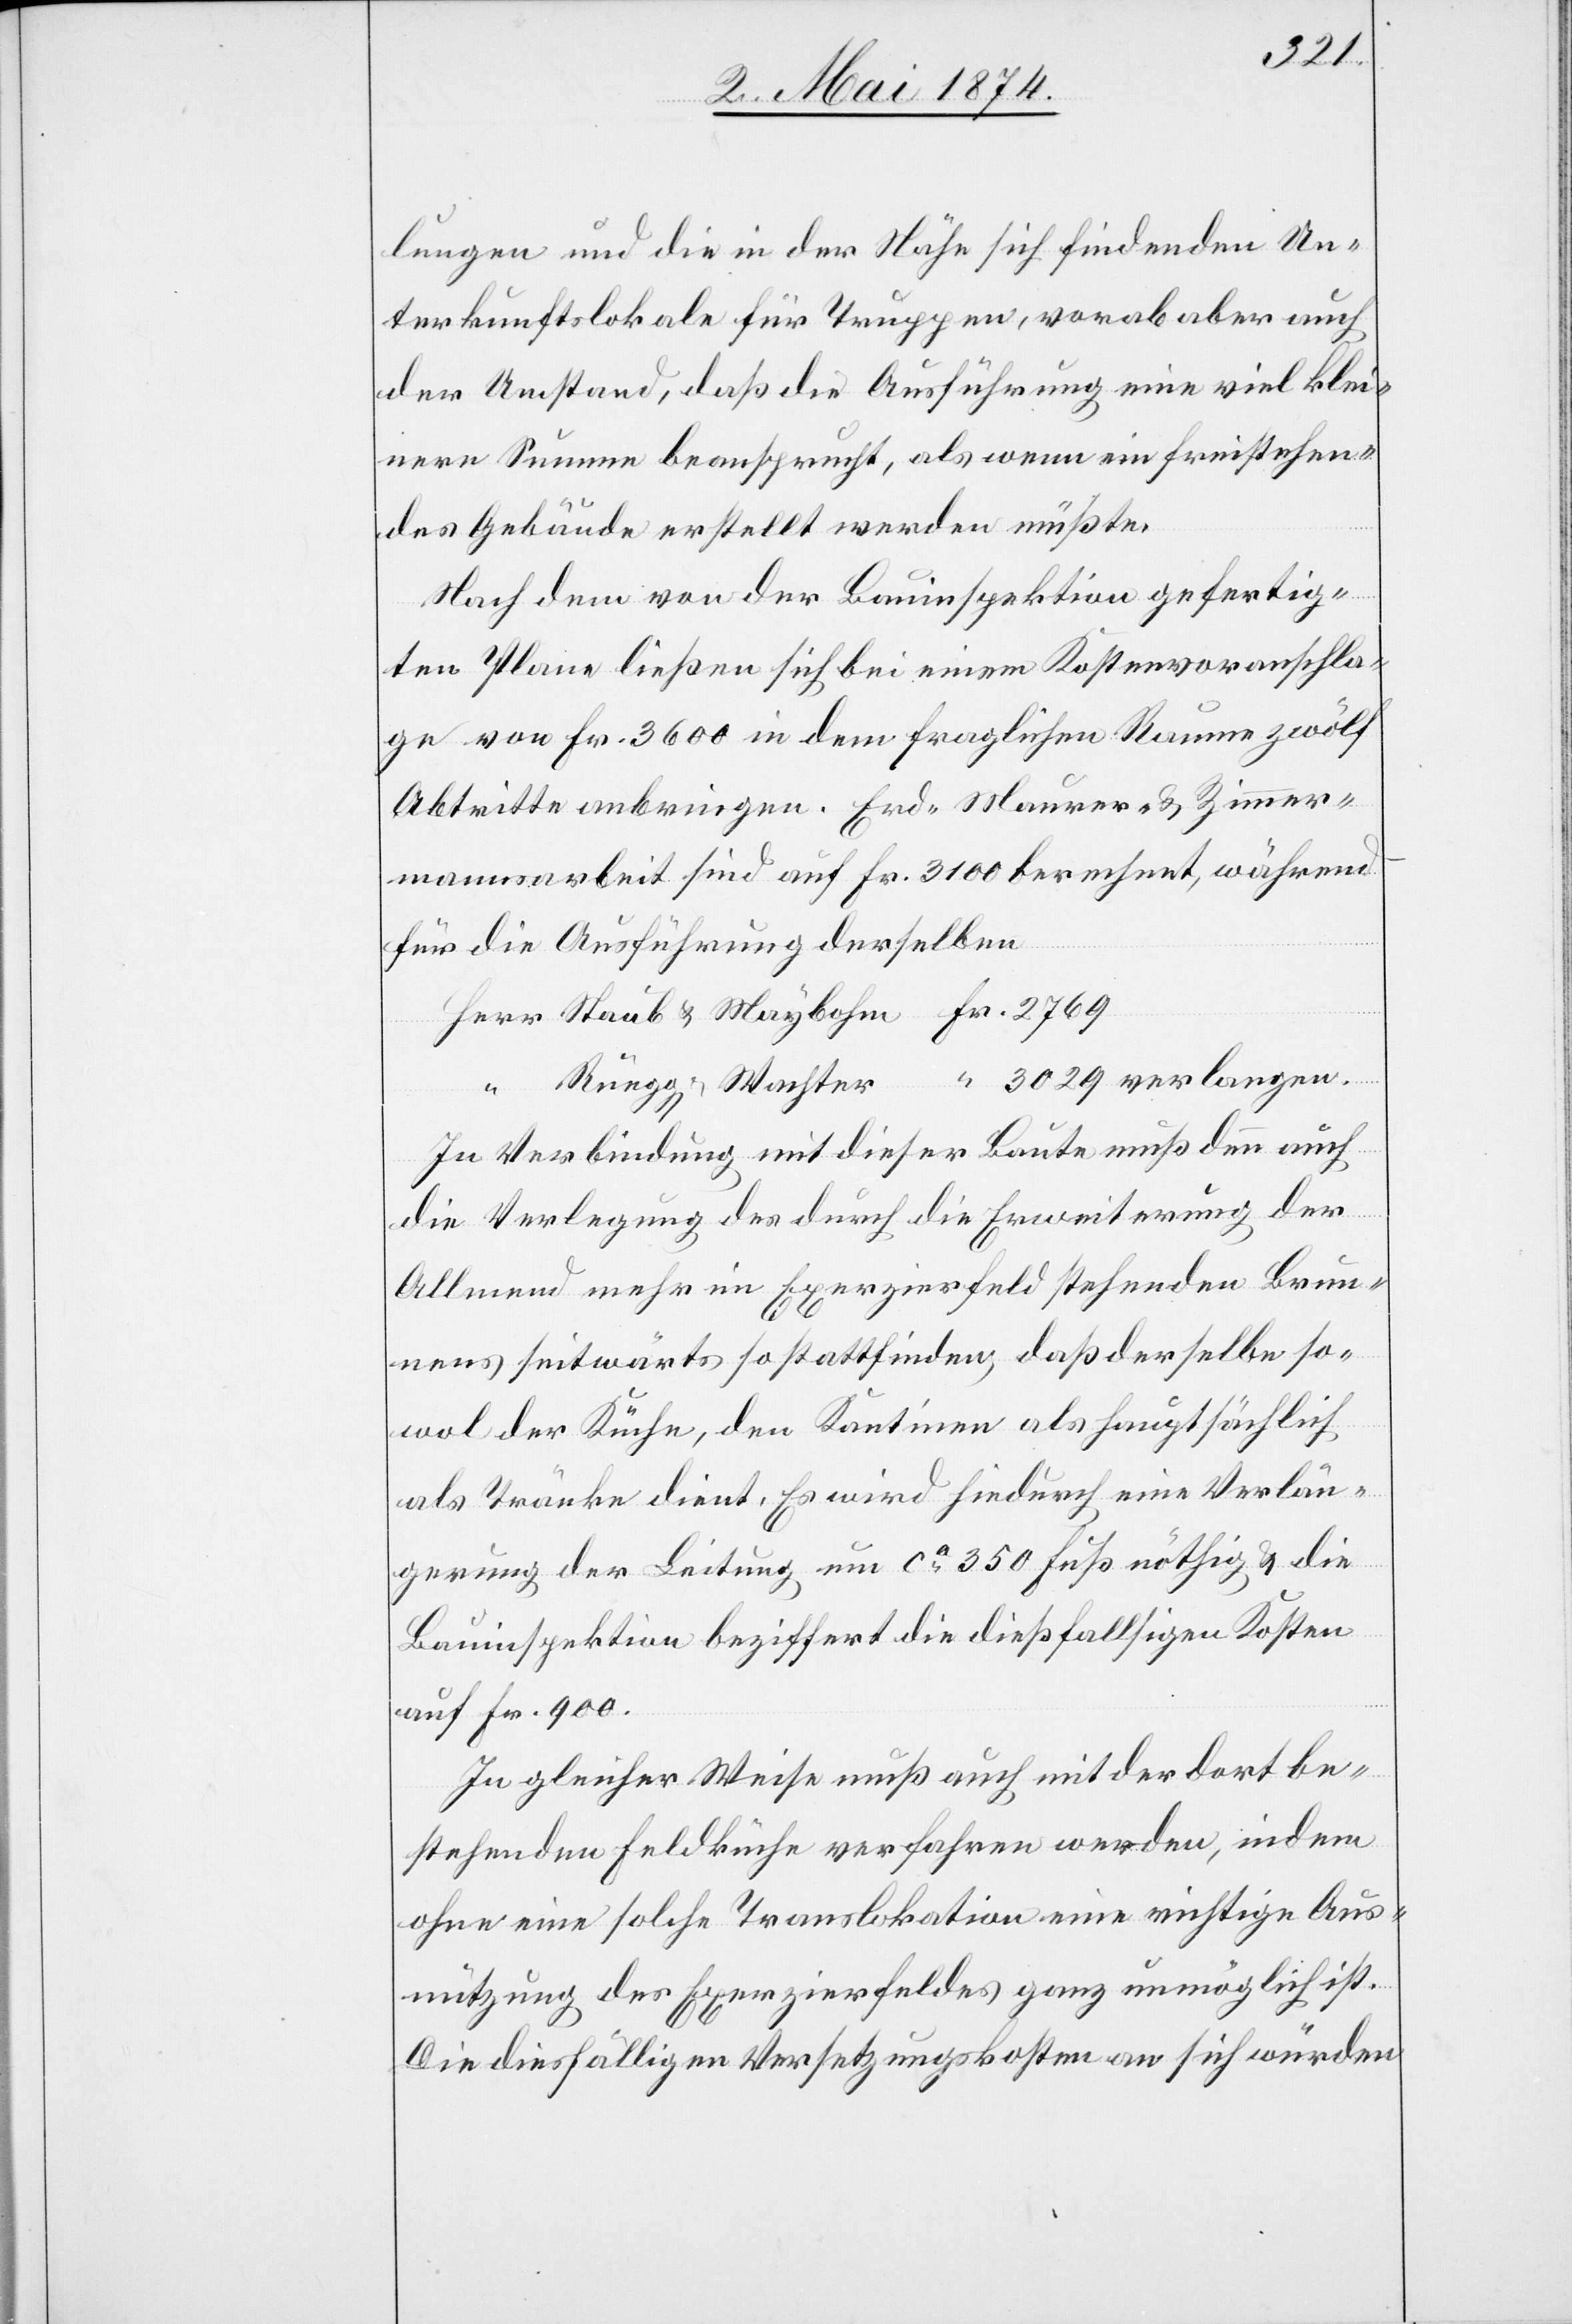
3020
lungen und die in der Nähe sich findenden Un¬
terkunftslokale für Truppen, worab aber auch
der Umstand, daß die Ausführung eine viel klei¬
nere Summe beansprucht, als wenn ein freistehen¬
des Gebäude erstellt werden müßte.
Nach dem von der Bauinspektion gefertig¬
ten Plane ließen sich bei einem Kostenvoranschla¬
ge von Fr. 3600 in dem fraglichen Raume zwölf
Abtritte anbringen. Erd- Maurer- u. Zimmer¬
mannsarbeit sind auf Fr. 3100 berechnet, während
für die Ausführung derselben.
“
In Verbindung mit dieser Baute muß denn auch
die Verlegung des durch die Erweiterung der
Allmend mehr in Exerziersfeld stehenden Brun¬
nens seitwärts so stattfinden, daß derselbe so¬
wol der Küche, den Kantinen als hauptsächlich
als Tränke dient. Es wird hiedurch eine Verlän¬
gerung der Leitung um ca 350 Fuß nöthig u. die
Bauinspektion beziffert die dießfallsigen Kosten
auf Fr. 900.
In gleicher Weise muß auch mit der dort be¬
stehenden Feldküche verfahren werden, indem
ohne eine solche Translokation eine richtige Aus¬
mützung des Exerzierfeldes ganz unmöglich ist.
Die diesfälligen Versetzungskosten an sich würden